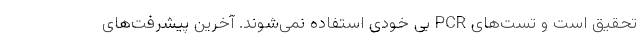
تحقیق است و تست‌های PCR بی خودی استفاده نمی‌شوند. آخرین پیشرفت‌های